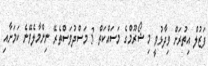
ފަޒުލް އިތުރަށް ވިދާޅުވީ މި ޝޯރޫމްގެ މަސައްކަތް 3 މަސްދުވަސްތެރޭ ނިންމާލެވޭނެ ކަމަށާއި